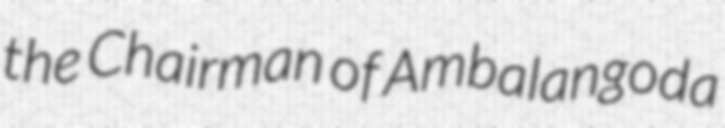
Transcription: the Chairman of Ambalangoda